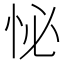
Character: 怭